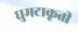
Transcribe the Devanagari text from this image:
घुमटाकृती